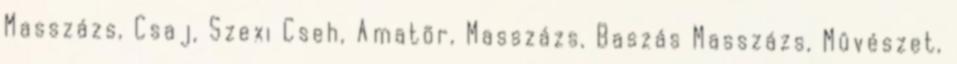
Masszázs, Csaj, Szexi Cseh, Amatõr, Masszázs, Baszás Masszázs, Mûvészet,